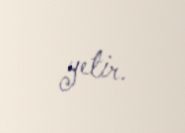
yetir.